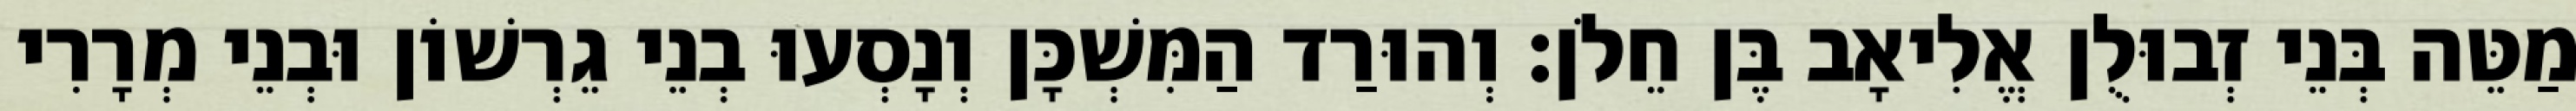
מַטֵּה בְּנֵי זְבוּלֻן אֱלִיאָב בֶּן חֵלֹן׃ וְהוּרַד הַמִּשְׁכָּן וְנָסְעוּ בְנֵי גֵרְשׁוֹן וּבְנֵי מְרָרִי